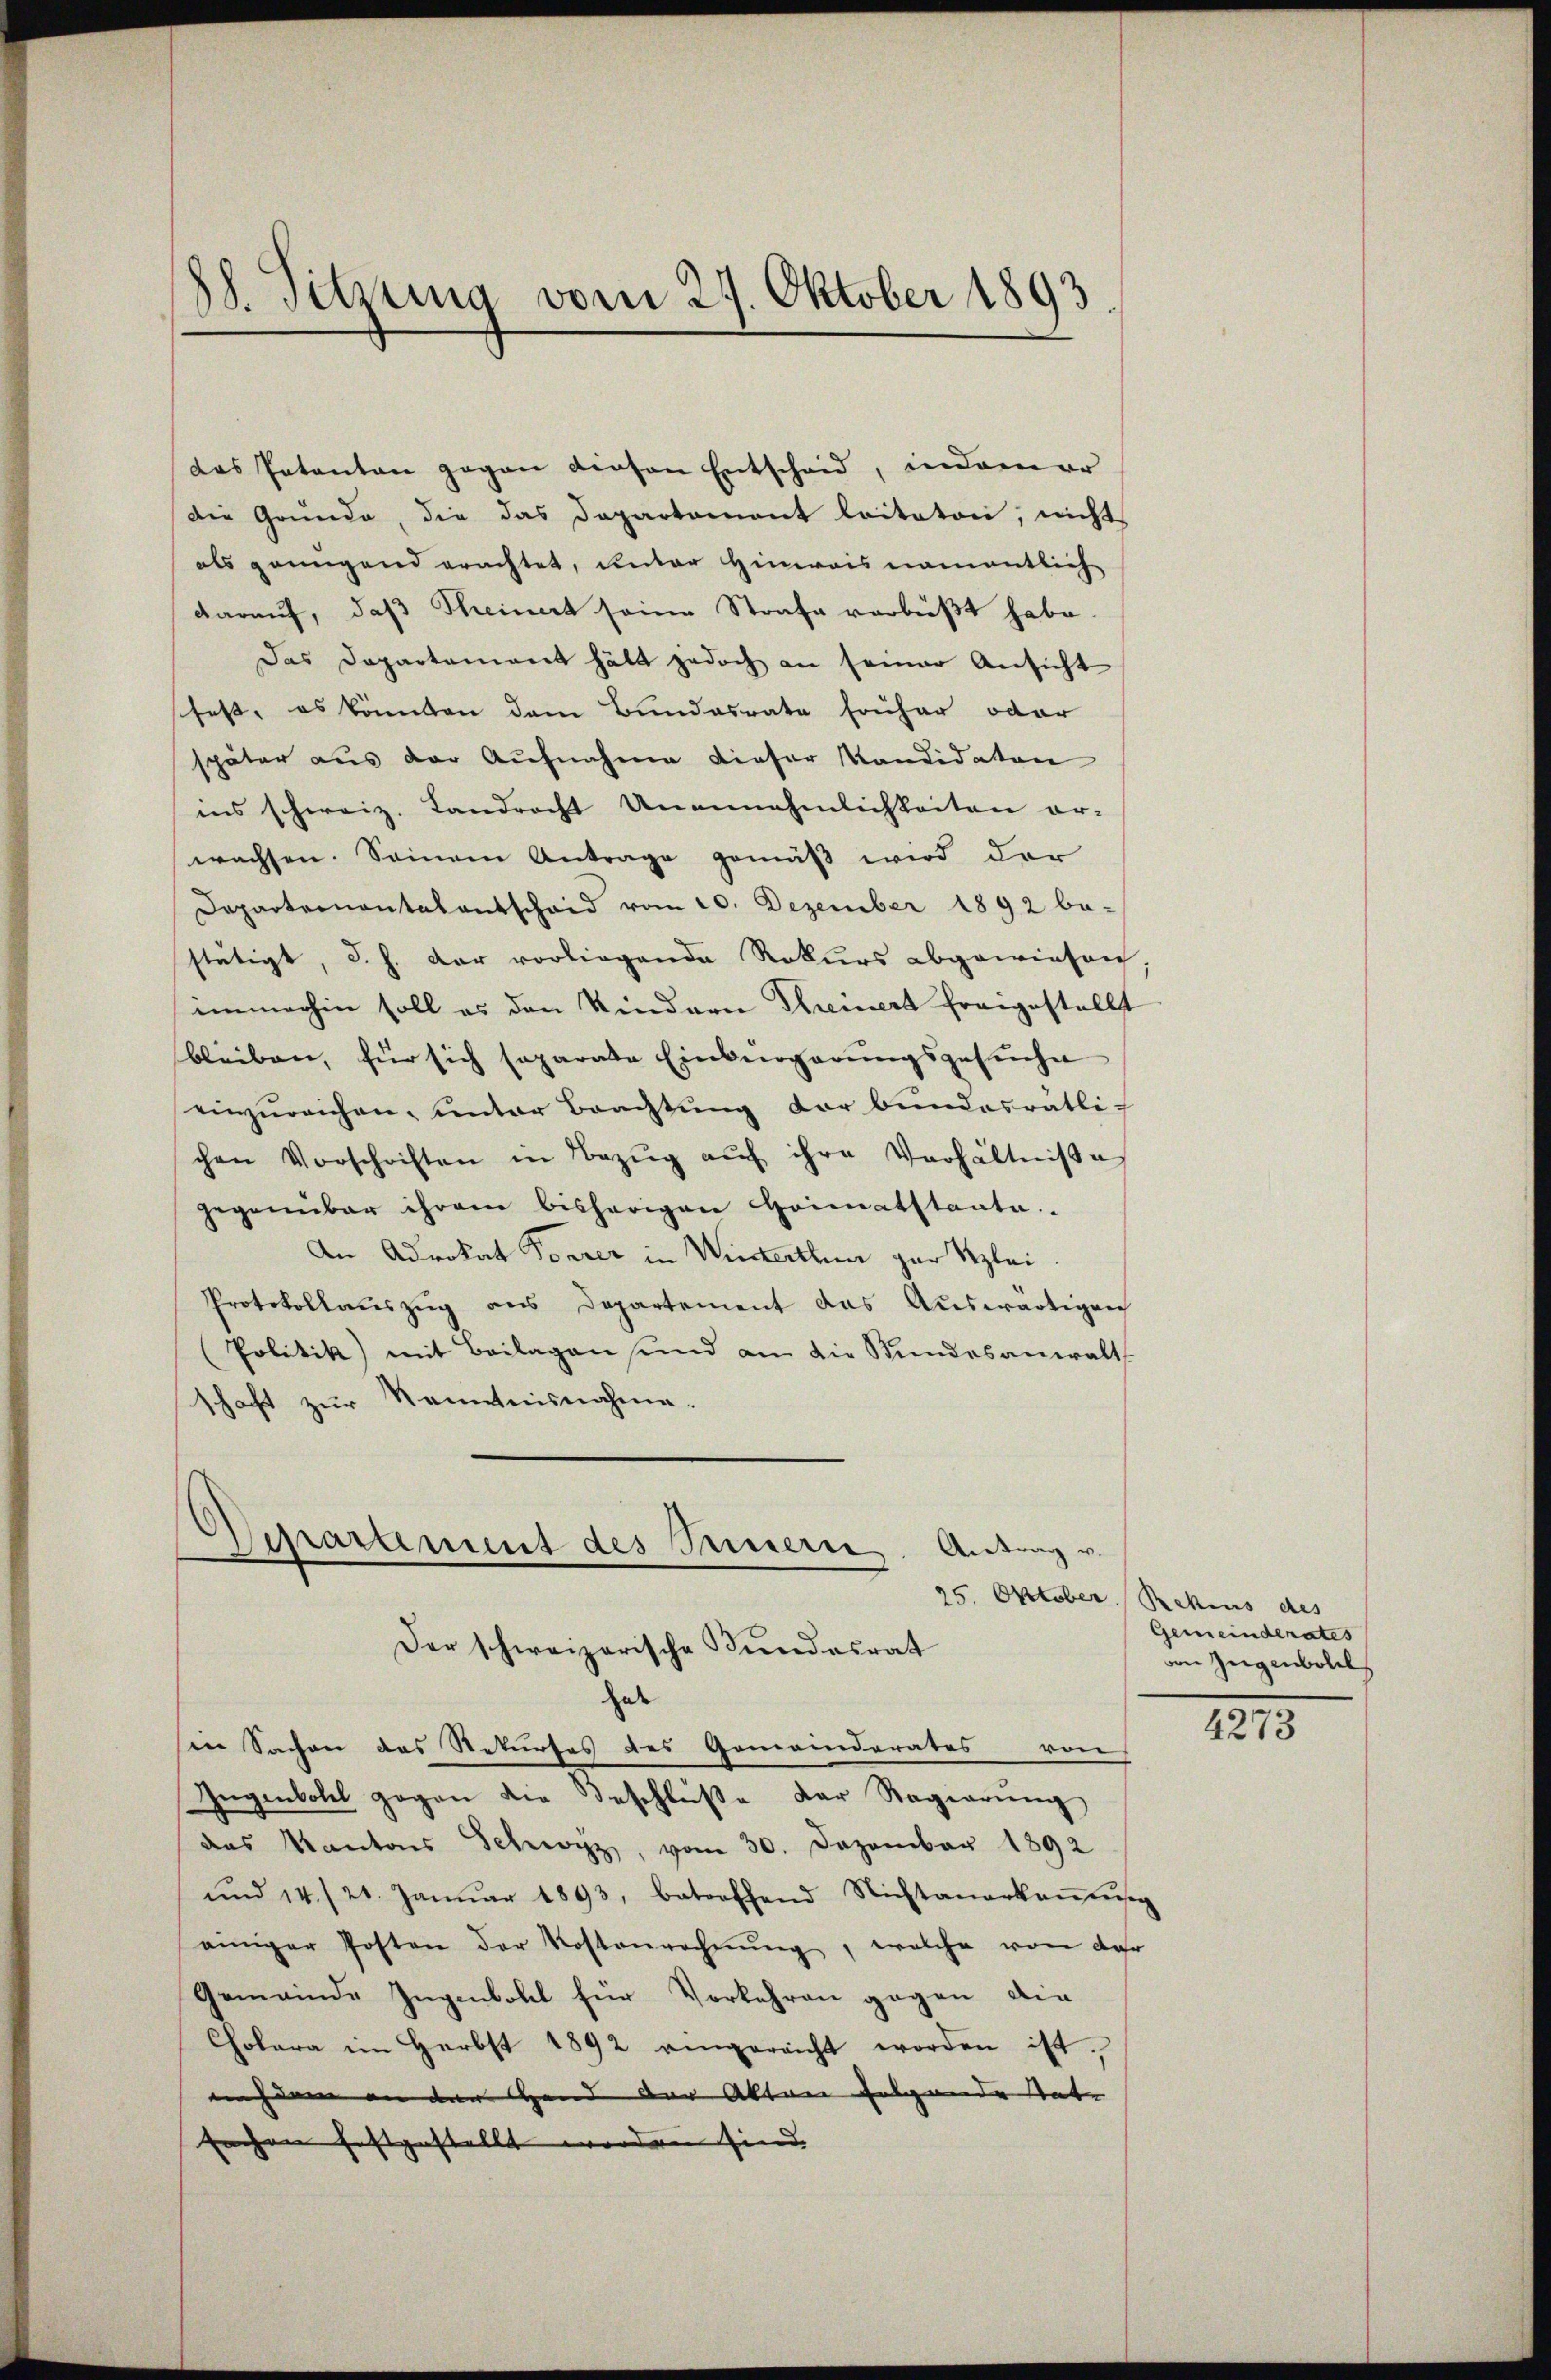
88. Sitzung vom 27. Oktober 1893.

das Patentan gegen diesen Entscheid, indamer
die Gründe, die das Departement laitatori, nicht
als geingend erachtet, unter Hinweis namentlich
darauf, daß Theinert seine Strafe verbüßt habe.
Das Departement hält jedoch an seiner Ansicht
sfest, es könnten dem Bundesrate früher oder
später aus der Aufnahme dieser Kandidaten
ins schweiz. Landrecht Unannehmlichkeiten er-
wachsen. Seinem Antrage gemäß wird den
Dapartementalentschaid vom 20. Dezember 1892 be-
stätigt, d. h. dar vorliegende Rekurs abgewiesen.
immerhin soll es den Kindern Seinert freigestellt
bleiben, für sich separate Einbergarŭngsgesŭche
einzŭreichen, unter Brachtung der bundesrätli-
chen Vorschriften in Bezŭg aŭf ihre Verhältniße
gegenüber ihrem bisherigen Heimatstanta.
An Advokat Torrer in Winterthun gar klei¬
Protokollauszug aus Departement das Auswärtigen
(Politik mit Beilagen sind an die Stundesanwalt
schaft zur Kenntnisnahme.

Departement des Innern, Antrag v.
Der schweizerische Fundesrat

hab
in Sachen des Rekurses des Gemeinderates von
Zugenbohl gegen die Beschlüße der Regierung
das Kantons Schwyz, vom 30. Dezember 1892
und 14./21. Janŭar 1893, betreffend Nichtanerkaṅtŭsg
einiger Posten der Kostenrechnŭng, welche von der
Gemeinde Jugenbohl für Vorkehren gegen die
Cholera im Herbst 1892 angereicht worden ist.
nachdem an der Hand der Akten folgende Unte
fachen festgestellt worden sind

25. Oktober Rezius des
Gemeinderates
von Jugenboll

4273